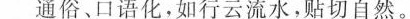
通俗、口语化，如行云流水，贴切自然。